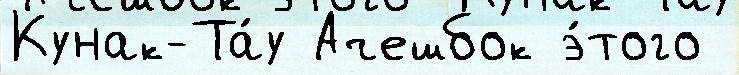
Кунак-Та́у Ачешбок э́того